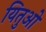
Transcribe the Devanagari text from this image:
यितुओ